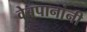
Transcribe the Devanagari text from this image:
वेबपानांनी